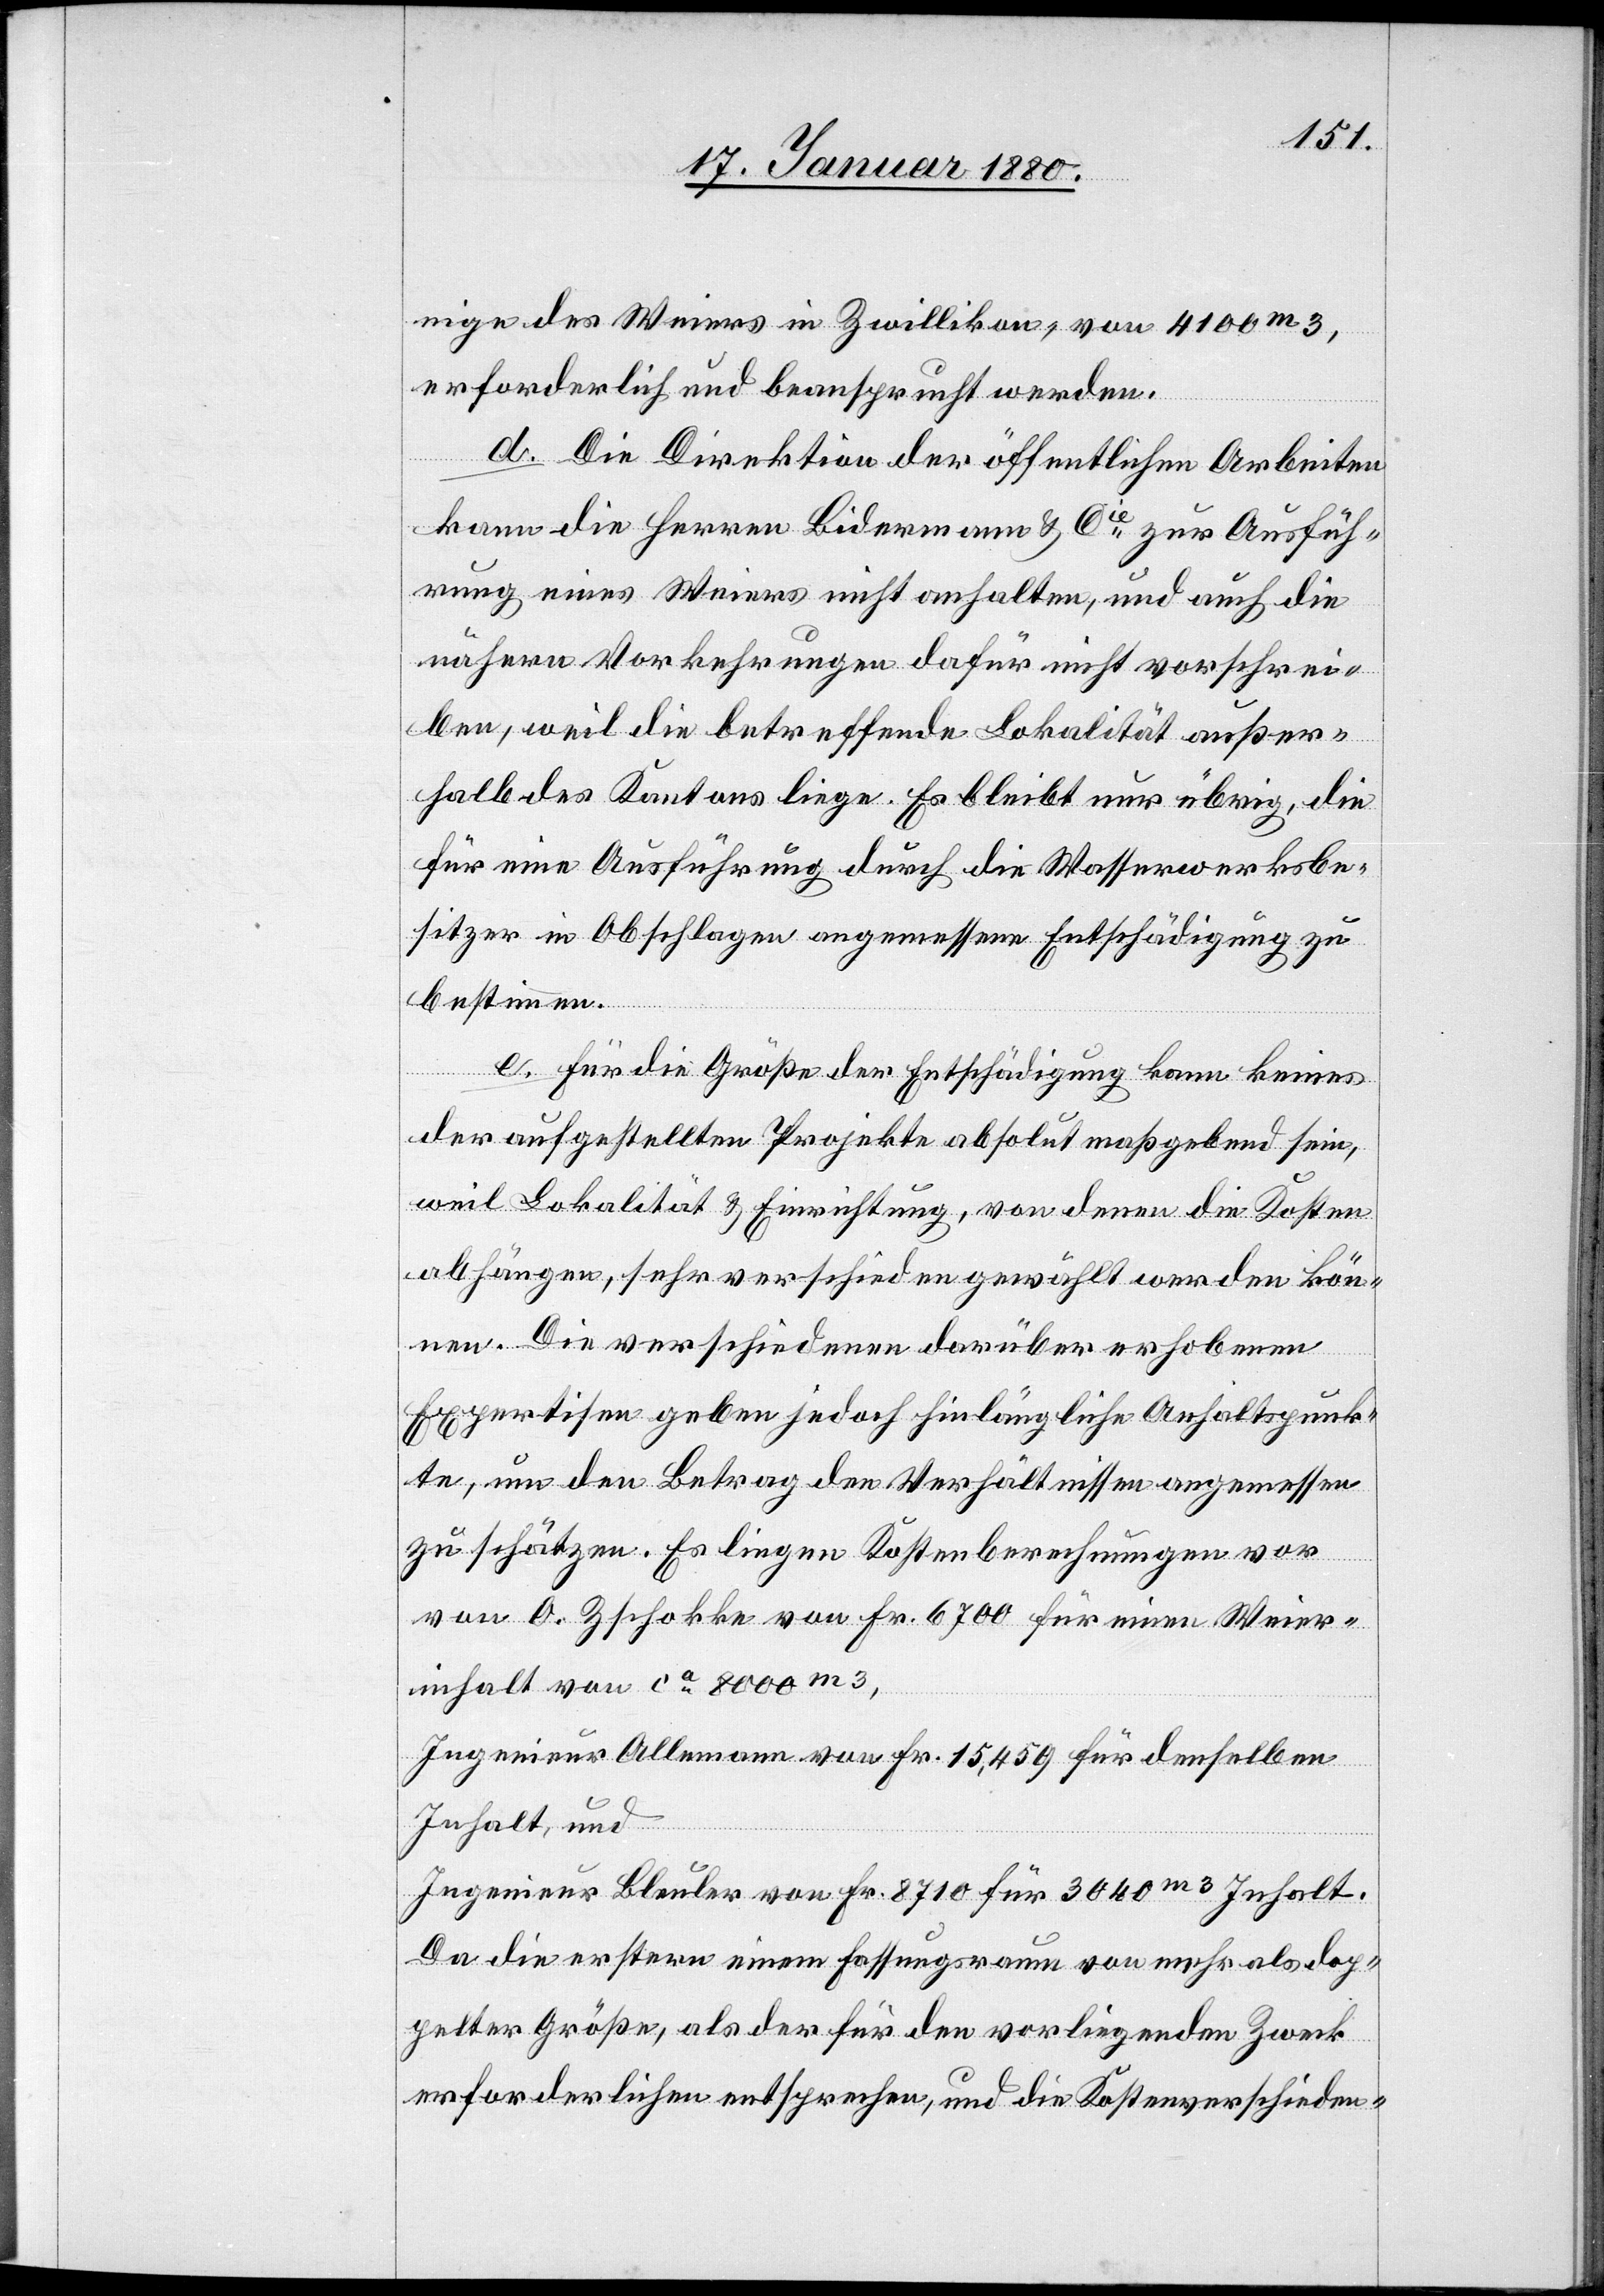
nige des Weiers in Zwillikon, von 4100m3,
erforderlich und beansprucht werden.
d. Die Direktion der öffentlichen Arbeiten
kann die Herren Bidermann & Cie zur Ausfüh¬
rung eines Weiers nicht anhalten, und auch die
nähern Vorkehrungen dafür nicht vorschrei¬
ben, weil die betreffende Lokalität außer¬
halb des Kantins liege. Es bleibt nur übrig, die
für eine Ausführung durch die Wasserwerksbe¬
sitzer in Obschlagen angemessene Entschädigung zu
bestimmen.
e. Für die Größe der Entschädigung kann keines
der aufgestellten Projekte absolut maßgebend sein,
weil Lokalität & Einrichtung, von denen die Kosten
abhängen, sehr verschieden gewählt werden kön¬
nen. Die verschiedenen darüber erhobenen
Expertisen geben jedoch hinlängliche Anhaltspunk¬
te, um den Betrag den Verhältnissen angemessen
zu schätzen. Es liegen Kostenberechnungen vor
von O. Zschokke von Fr. 6700 für einen Weier¬
inhalt von ca 8000m3,
Ingenieur Allemann von Fr. 15, 459 für denselben
Inhalt und
Inegnieur Bleuler von Fr. 8710 für 3040m3 Inhalt.
Die die erstern einem Fassungsraum von mehr als dop¬
pelter Größe, als der für den vorliegenden Zweck
erforderlichen entsprechen, und die Kostenverschieden-